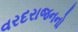
વરદરાજનનો